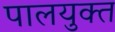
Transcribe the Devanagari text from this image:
पालयुक्त